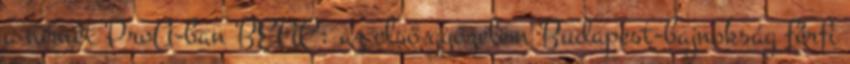
a német ProA-ban BEAC: az első győzelem Budapest-bajnokság férfi